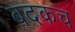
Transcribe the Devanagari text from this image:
बदकच